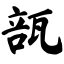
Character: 瓿